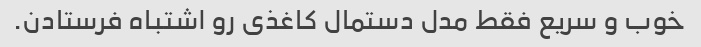
خوب و سریع فقط مدل دستمال کاغذی رو اشتباه فرستادن.